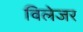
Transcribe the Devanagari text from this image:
विलेजर